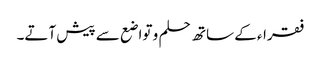
فقراء کے ساتھ حلم و تواضع سے پیش آتے۔